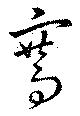
騫